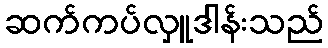
ဆက်ကပ်လှူဒါန်းသည်